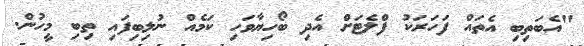
"އެބަތިބި އެތައް ފަހަރަކު ފްލެޓަށް އެދި ބޯހިޔާވަހި ކަމެއް ނުލިބިފައި ތިބި މީހުން.